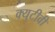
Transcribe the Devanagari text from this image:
क्युटीवी